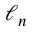
\ell _ { n }